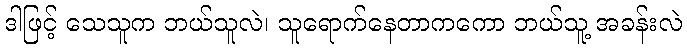
ဒါဖြင့် သေသူက ဘယ်သူလဲ၊ သူရောက်နေတာကကော ဘယ်သူ့ အခန်းလဲ